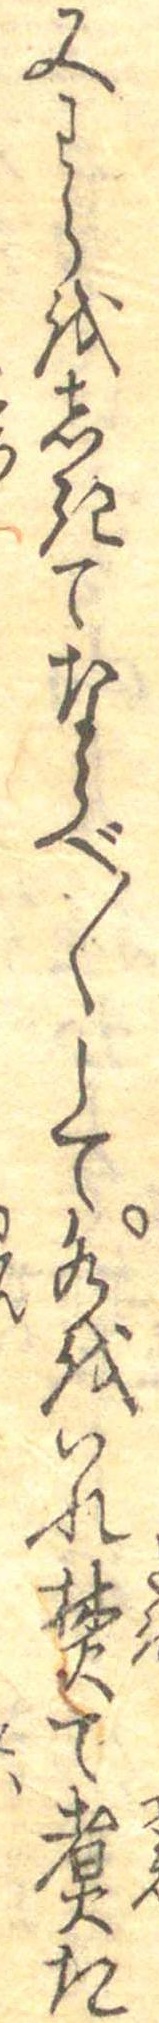
又わらをしきてならべ〱して水をいれ焚て煮た